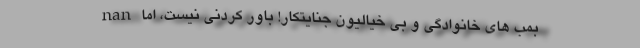
nan بمب های خانوادگی و بی خیالیونِ جنایتکار! باور کردنی نیست، اما